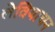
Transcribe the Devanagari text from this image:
लेवियाथन